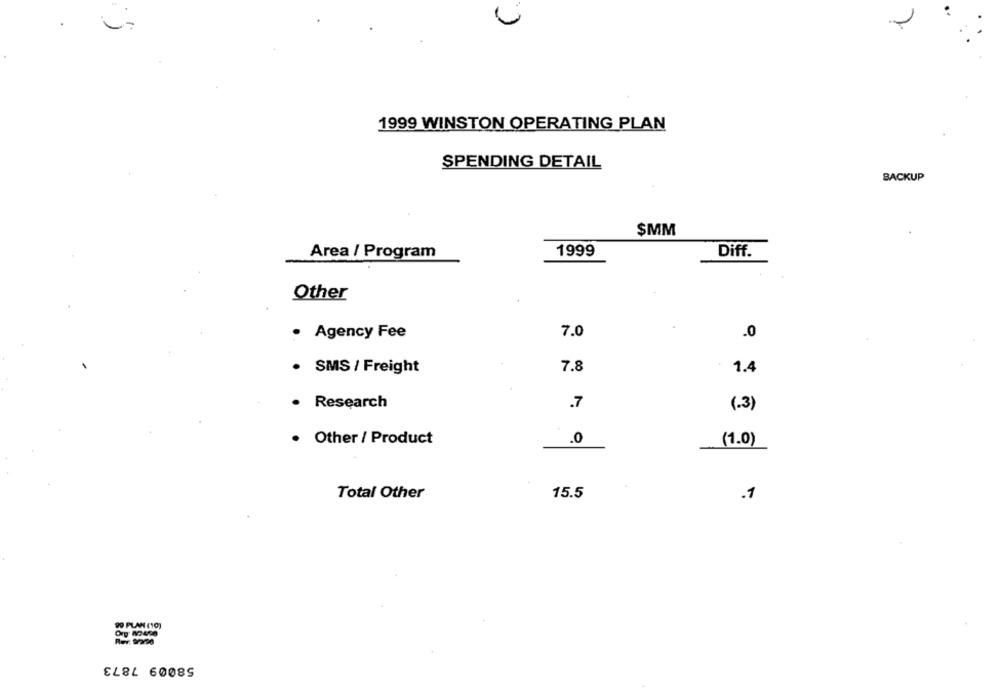
2
1999 WINSTON OPERATING PLAN
SPENDING DETAIL
BACKUP
$MM
Area / Program
1999
Diff.
Other
· Agency Fee
7.0
.0
SMS / Freight
7.8
1.4
Research
.7
(.3)
. Other / Product
.0
(1.0)
Total Other
15.5
.1
99 PLAN (10)
Rev: 9/2r96
58009 7873